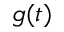
g ( t )